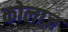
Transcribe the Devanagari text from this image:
कोलाज़